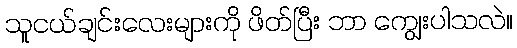
သူငယ်ချင်းလေးများကို ဖိတ်ပြီး ဘာ ကျွေးပါသလဲ။